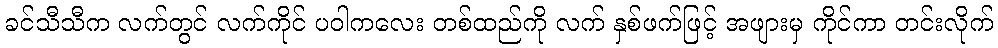
ခင်သီသီက လက်တွင် လက်ကိုင် ပဝါကလေး တစ်ထည်ကို လက် နှစ်ဖက်ဖြင့် အဖျားမှ ကိုင်ကာ တင်းလိုက်